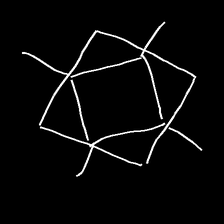
Glyph: light